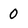
Character: 0